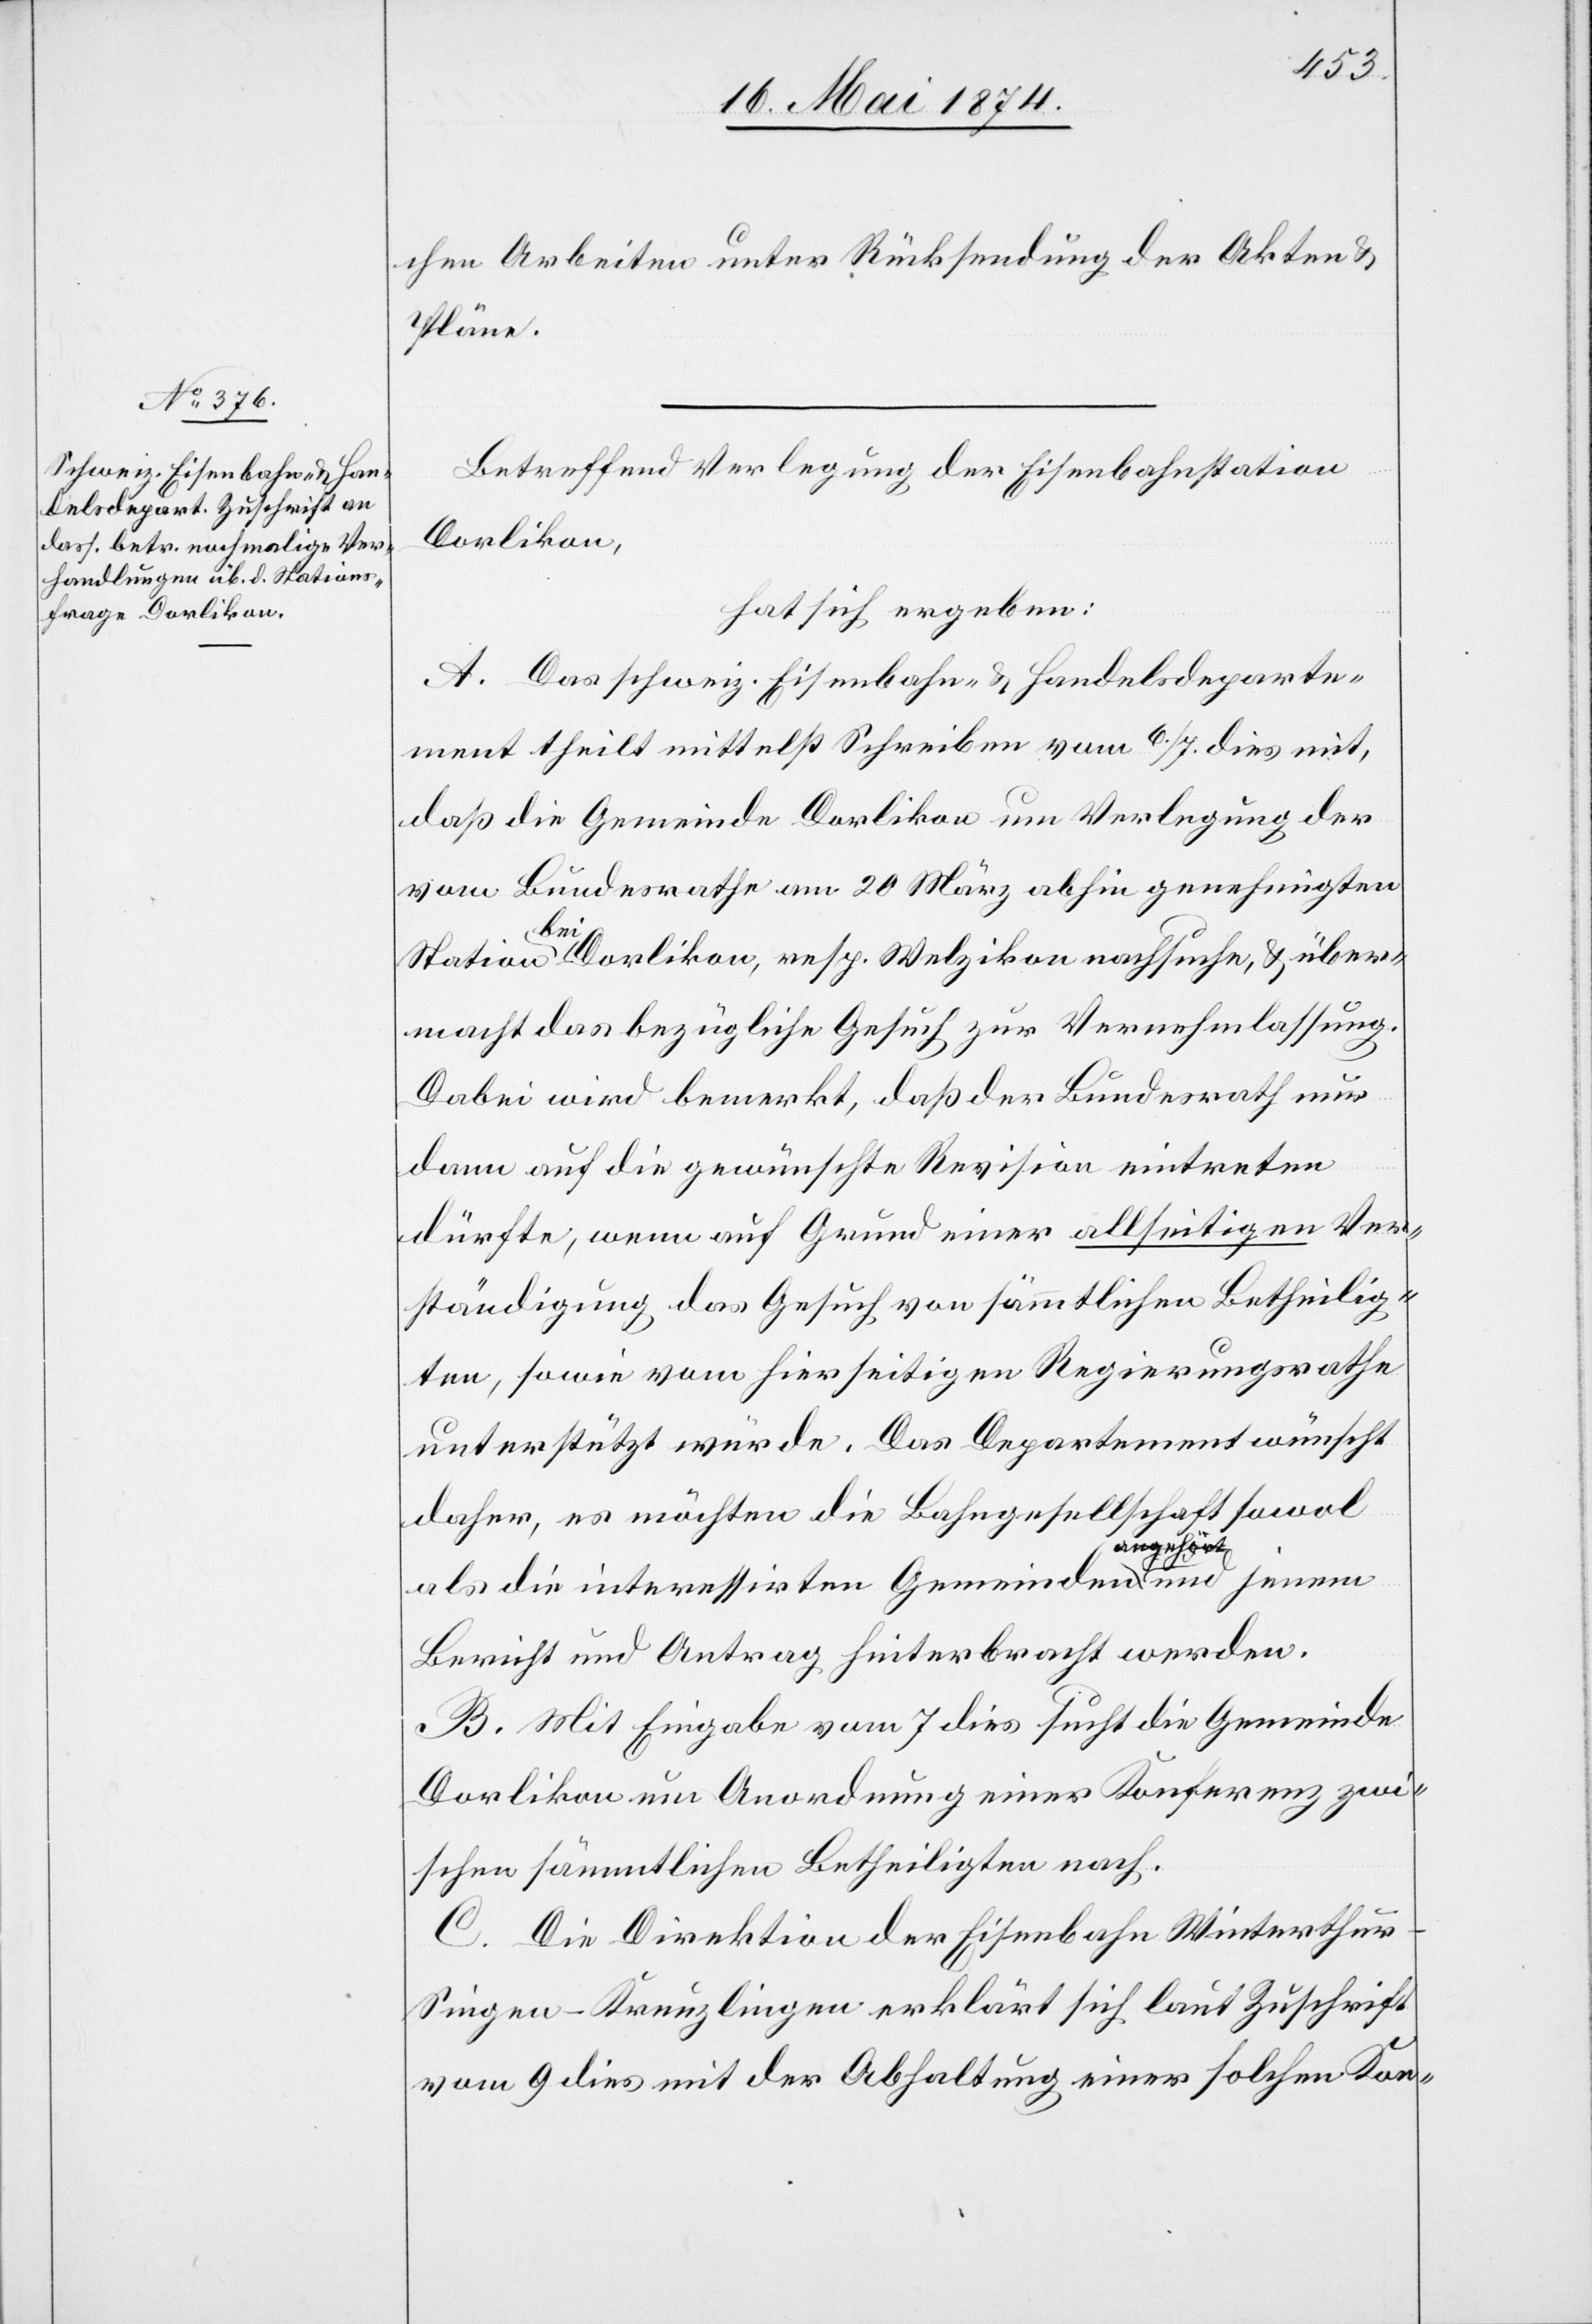
chen Arbeiten unter Rücksendung der Akten u.
Pläne.
Betreffend Verlegung der Eisenbahnstation
Dorlikon,
hat sich ergeben:
A. Das schweiz. Eisenbahn- u. Handelsdeparte¬
ment theilt mittelst Schreiben vom 6./7. dies mit,
daß die Gemeinde Dorlikon um Verlegung der
vom Bundesrathe am 20. März abhin genehmigten
Station bei Dorlikon, resp. Welzikon nachsuche, u. über¬
macht das bezügliche Gesuch zur Vernehmlassung.
Dabei wird bemerkt, daß der Bundesrath nur
dann auf die gewünschte Revision eintreten
dürfte, wenn auf Grund einer allseitigen Ver¬
ständigung das Gesuch von sämmtlichen Betheilig¬
ten, sowie vom hierseitigen Regierungsrathe
unterstützt würde. Das Departement wünscht
daher, es möchten die Bahngesellschaft sowol
als die interessirten Gemeinden a-angehört-a und jenem
Bericht und Antrag hinterbracht werden.
B. Mit Eingabe vom 7. dies sucht die Gemeinde
Dorlikon mit Anordnung jener Konferenz zwi¬
schen sämmtlichen Betheiligten nach.
C. Die Direktion der Eisenbahn Winterthu¬
r-Singen-Kreuzlingen erklärt sich laut Zuschrift
vom 9. dies mit der Abhaltung einer solchen Kon-